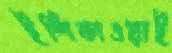
ইশিকাওয়াই